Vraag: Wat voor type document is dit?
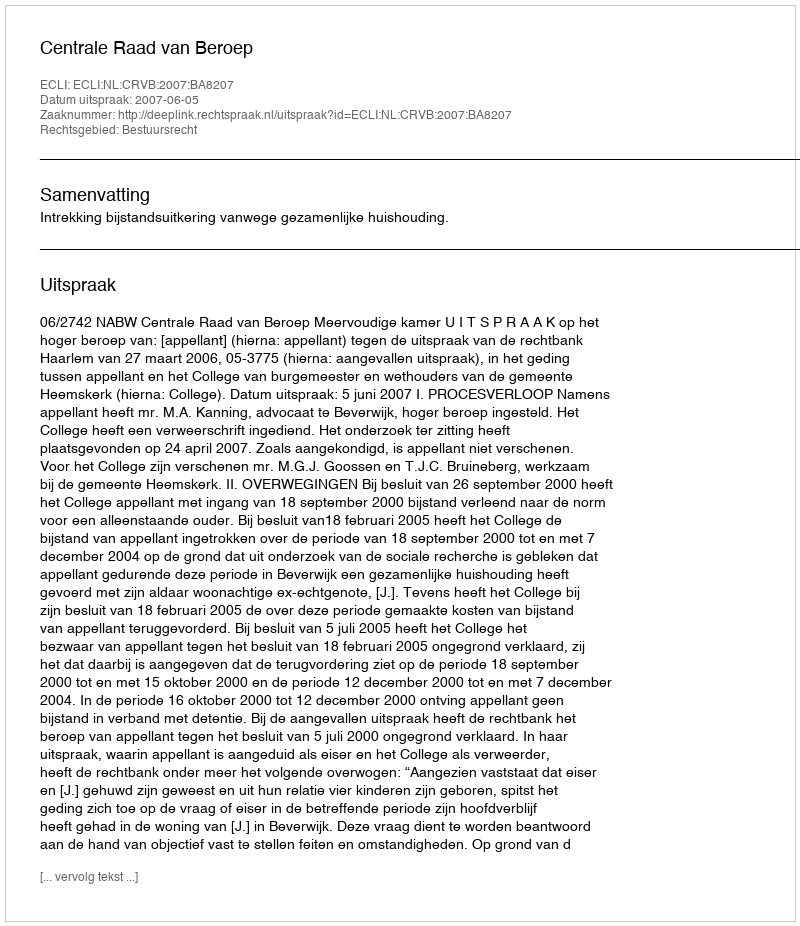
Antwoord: Uitspraak